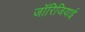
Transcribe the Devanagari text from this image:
जॉरिजियाई